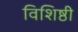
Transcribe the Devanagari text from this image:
विशिष्ठी